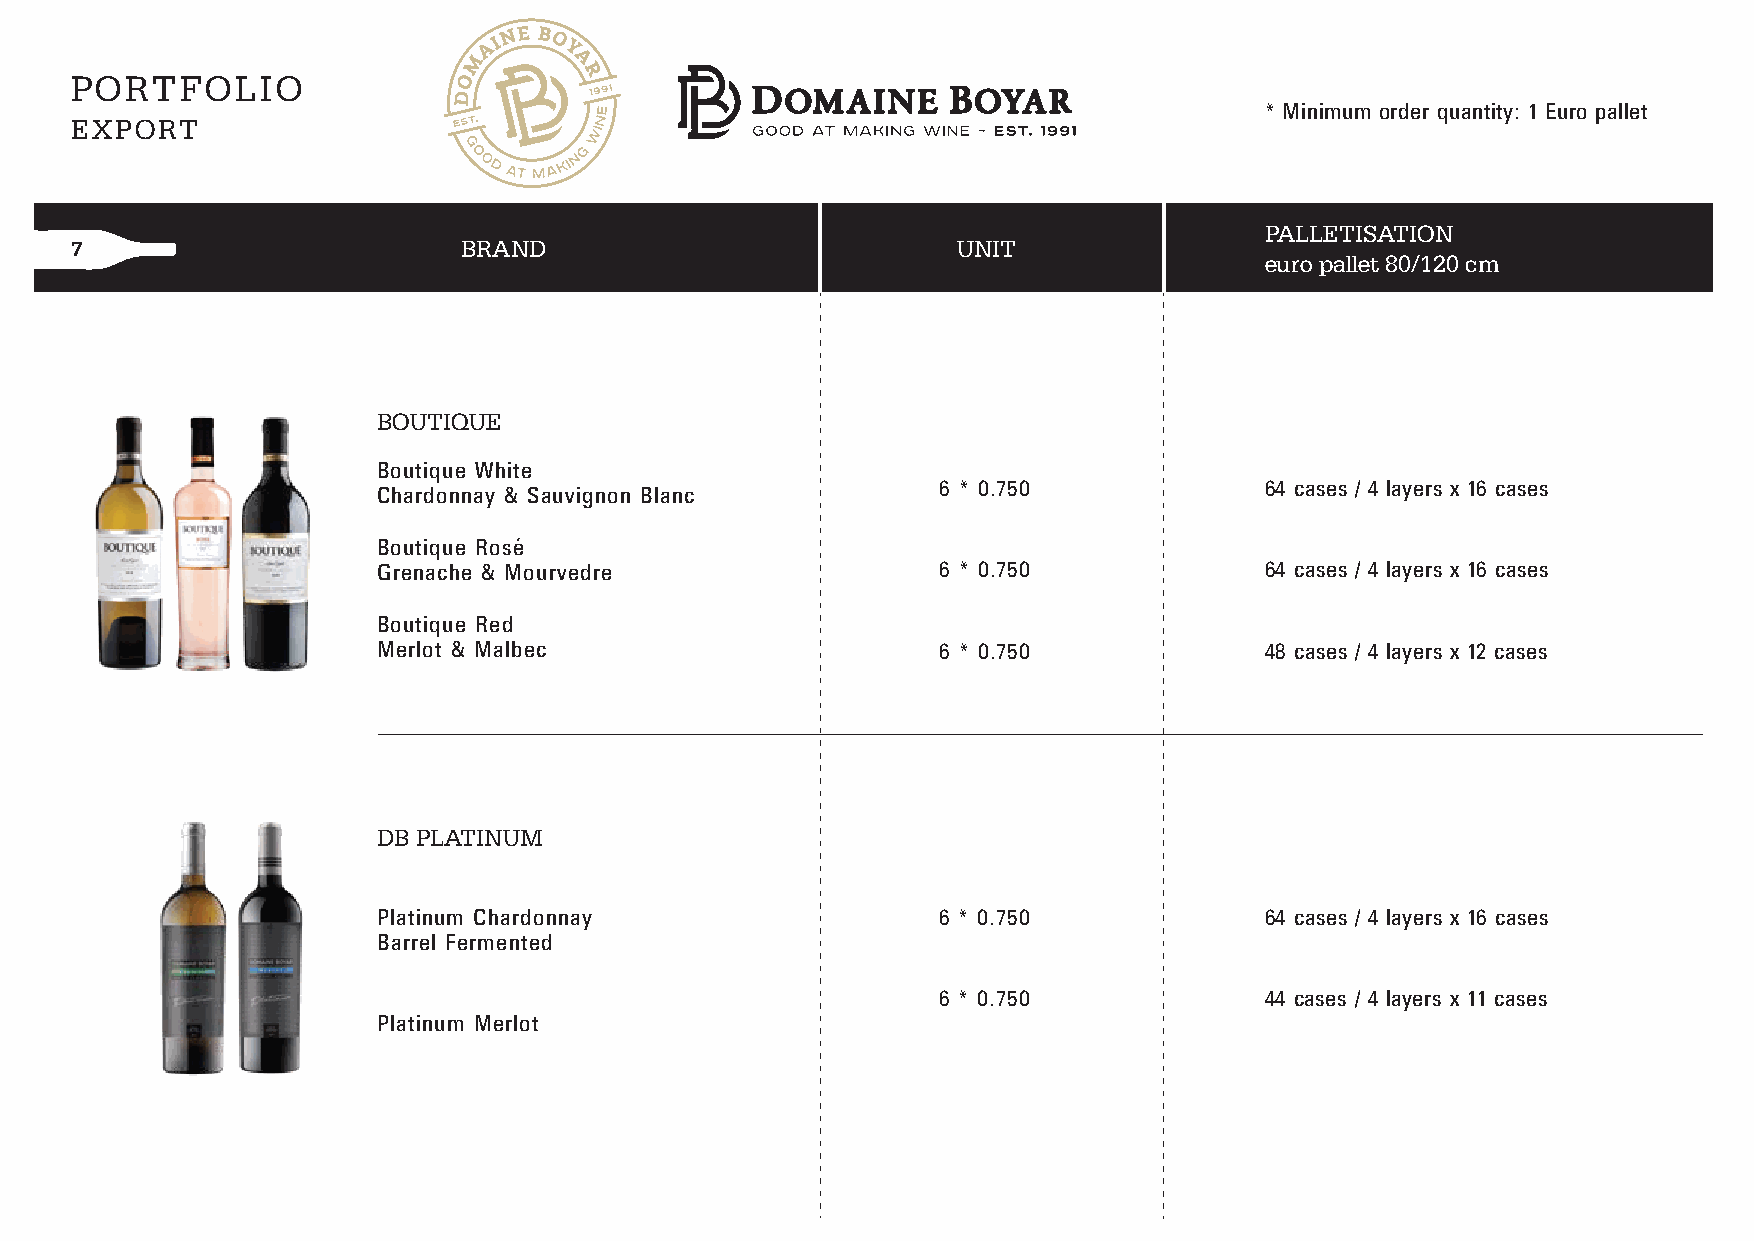
6 * 0.750
 PORTFOLIO
 * Minimum order quantity: 1 Euro pallet
 EXPORT
 PALLETISATION
 7                         BRAND                           UNIT
 euro pallet 80/120 cm
 BOUTIQUE
 Boutique White
 6 * 0.750             64 cases / 4 layers x 16 cases
 Chardonnay & Sauvignon Blanc
 Boutique Rose
 Grenache & Mourvedre                 6 * 0.750             64 cases / 4 layers x 16 cases
 Boutique Red
 Merlot & Malbec                      6 * 0.750             48 cases / 4 layers x 12 cases
 DB PLATINUM
 Platinum Chardonnay                  6 * 0.750             64 cases / 4 layers x 16 cases
 Barrel Fermented
 6 * 0.750             44 cases / 4 layers x 11 cases
 Platinum Merlot